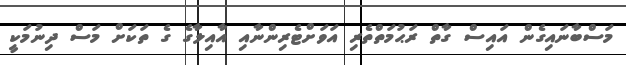
މަސްބާނައިގެން އައިސް ގާތް ރަޙުމަތްތެރި އަވަށްޓެރިންނާއި އާއިލާގެ ގެ ތަކަށް މަސް ދިނުމަކީ